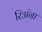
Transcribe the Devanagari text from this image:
रिअंना